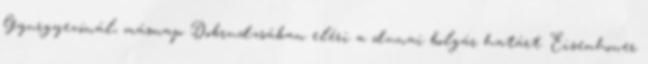
Gyurgyevónál, másnap Dobrudzsában eléri a dunai bolgár határt. Eisenhower